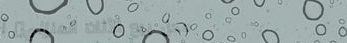
محل بيع الأثاث المنزلي: أ